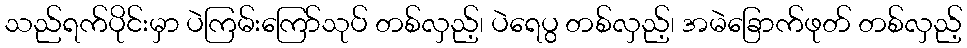
သည်ရက်ပိုင်းမှာ ပဲကြမ်းကြော်သုပ် တစ်လှည့်၊ ပဲရေပွ တစ်လှည့်၊ အမဲခြောက်ဖုတ် တစ်လှည့်